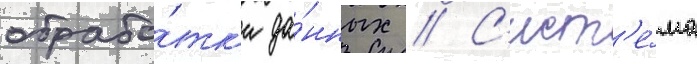
обрабо́тк'и да́нных // С'ист'е́ма